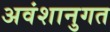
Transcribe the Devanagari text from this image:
अवंशानुगत